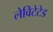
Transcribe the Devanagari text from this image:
लेविटेटेड